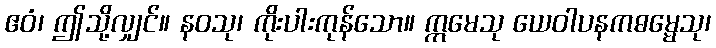
ဧဝံ၊ ဤသို့လျှင်။ နဝသု၊ ကိုးပါးကုန်သော။ ဣမေသု ယေဝါပနကဓမ္မေသု၊